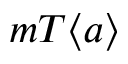
m T \langle a \rangle